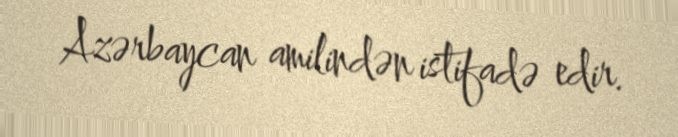
Azərbaycan amilindən istifadə edir.